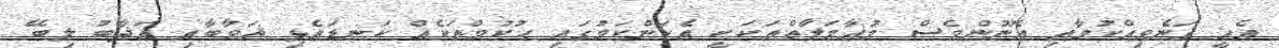
އެއީ ގަނެވިއްކުމާއި އެނޫންވެސް މުޢާމަލާތްތަކަކީ އެކަންކަމުގައި ޙުކުމްތަކެއް ކަނޑައެޅި ޘަވާބާއި ޢަޛާބު ލިބޭ